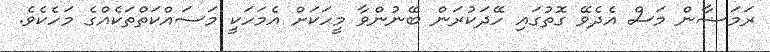
ރަމަޟާން މަސް އެދެވޭ ގޮތުގައި ހޭދަކުރަން ބޭނުންވާ މީހަކަށް އެމަހަކީ މަސައްކަތްތަކެއްގެ މަހެކެވެ.